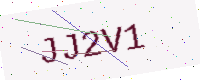
Text: JJ2V1